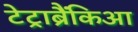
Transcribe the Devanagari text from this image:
टेट्राब्रैंकिआ